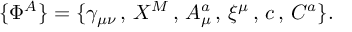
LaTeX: \{ \Phi ^ { A } \} = \{ \gamma _ { \mu \nu } \, , \, X ^ { M } \, , \, A _ { \mu } ^ { a } \, , \, \xi ^ { \mu } \, , \, c \, , \, C ^ { a } \} .